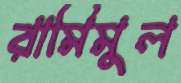
রামিমুল